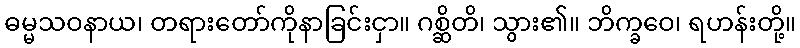
ဓမ္မသဝနာယ၊ တရားတော်ကိုနာခြင်းငှာ။ ဂစ္ဆိတိ၊ သွား၏။ ဘိက္ခဝေ၊ ရဟန်းတို့။